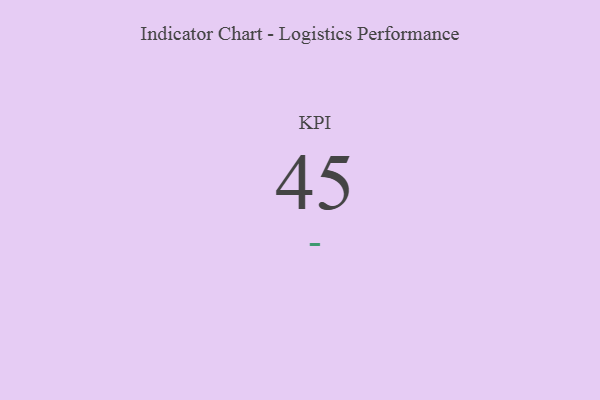
{"axis": {"x": "KPI", "y": "Value"}, "legend": [""], "data": [{"x": "KPI", "y": 45, "type": ""}]}